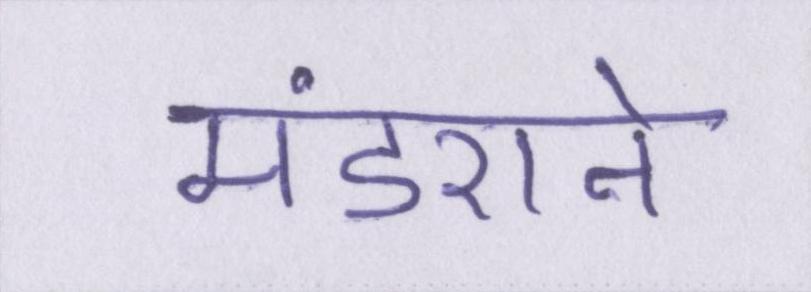
मंडराने